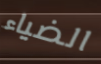
الضياء